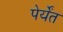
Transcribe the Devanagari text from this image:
पेर्येंत